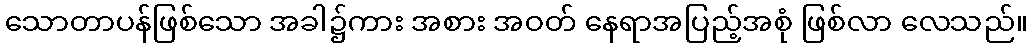
သောတာပန်ဖြစ်သော အခါ၌ကား အစား အဝတ် နေရာအပြည့်အစုံ ဖြစ်လာ လေသည်။